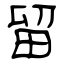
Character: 留